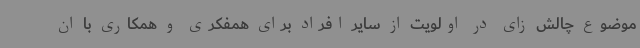
موضوع چالش زای در اولویت از سایر افراد برای همفکری و همکاری با ان